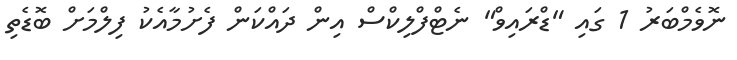
ނޮވެމްބަރު 1 ގައި "ޑްރައިވް" ނެޓްފްލިކްސް އިން ދައްކަން ފެށުމާއެކު ފިލްމަށް ބޮޑެތި